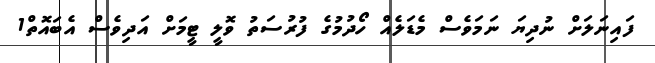
ފައިނަލަށް ނުދިޔަ ނަމަވެސް މެޑަލެއް ހޯދުމުގެ ފުރުސަތު ވޮލީ ޓީމަށް އަދިވެސް އެބައޮތް1